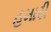
હમારી